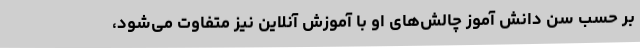
بر حسب سن دانش آموز چالش‌های او با آموزش آنلاین نیز متفاوت می‌شود،